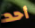
أحد